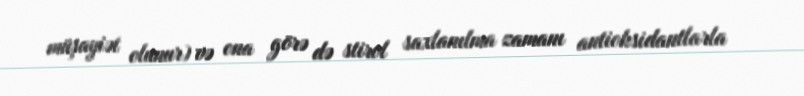
müşayiət olunur) və ona görə də stirol saxlanılma zamanı antioksidantlarla